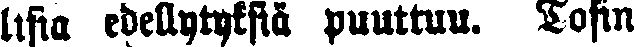
lista edellytyksiä puuttuu. Tosin